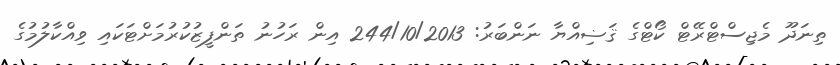
ތިނަދޫ މެޖިސްޓްރޭޓް ކޯޓްގެ ޤަޟިއްޔާ ނަންބަރު: 244/10/2013 އިން ރަހުނު ތަންފީޒުކުރުމަށްޓަކައި ވިއްކާލުމުގެ